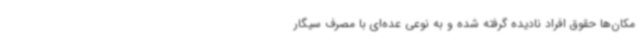
مکان‌ها حقوق افراد نادیده گرفته شده و به نوعی عده‌ای با مصرف سیگار